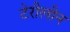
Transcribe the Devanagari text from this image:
टेरीलीन